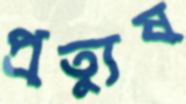
প্রত্যুষ